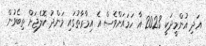
އަދި އުންމީދަކީ 2023 އާ ހަމައަށްވެސް އެ އިމާރާތުގައި މަންދު ކޮލެޖަށް ތިބެވުން